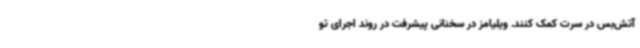
آتش‌بس در سرت کمک کنند. ویلیامز در سخنانی پیشرفت در روند اجرای تو